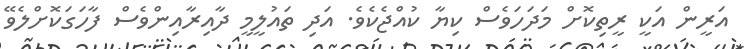
އަރީން އަކީ ރީތިކޮށް މަދަހަވެސް ކިޔާ ކުއްޖެކެވެ. އަދި ތައުލީމީ ދާއިރާއިންވެސް ފާހަގަކޮށްލެވޭ